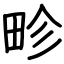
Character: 畛